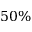
5 0 \%